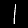
Label: 1